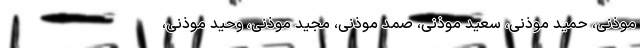
موذنی، حمید موذنی، سعید موذنی، صمد موذنی، مجید موذنی، وحید موذنی،